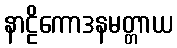
နာဠိကောဒနမတ္တာယ